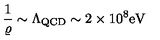
\frac { 1 } { \varrho } \sim \Lambda _ { \mathrm { \footnotesize Q C D } } \sim 2 \times 1 0 ^ { 8 } \mathrm { e V }